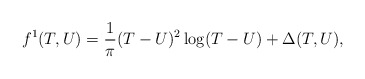
\begin{align*}f^1(T,U)={1\over \pi}(T-U)^2\log(T-U)+\Delta(T,U),\end{align*}